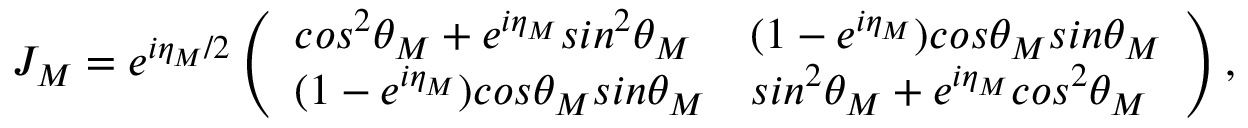
J _ { M } = e ^ { i \eta _ { M } / 2 } \left( \begin{array} { l l } { c o s ^ { 2 } \theta _ { M } + e ^ { i \eta _ { M } } s i n ^ { 2 } \theta _ { M } } & { ( 1 - e ^ { i \eta _ { M } } ) c o s \theta _ { M } s i n \theta _ { M } } \\ { ( 1 - e ^ { i \eta _ { M } } ) c o s \theta _ { M } s i n \theta _ { M } } & { s i n ^ { 2 } \theta _ { M } + e ^ { i \eta _ { M } } c o s ^ { 2 } \theta _ { M } } \end{array} \right) ,